Indian journal of veterinary science and animal husbandry - Volumes 22-23, 1952-1953
Year: 1952
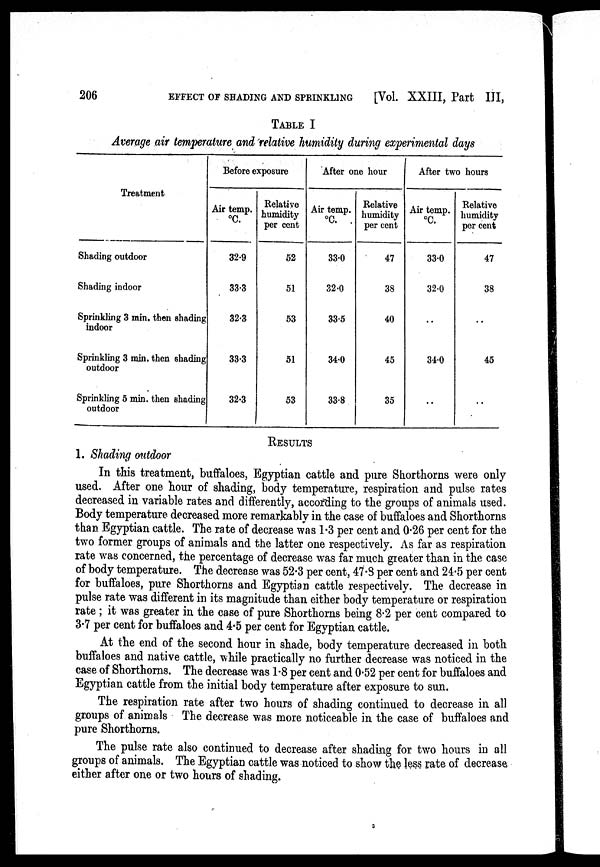
206
EFFECT OF SHADING AND SPRINKLING
[Vol. XXIII, Part III,
TABLE I
Average air temperature and relative humidity during experimental days
Treatment
Shading outdoor
Shading indoor
Sprinkling 3 min. then shading
indoor
Sprinkling 3 min. then shading
outdoor
Sprinkling 5 min. then shading
outdoor
Before exposure
Air temp.
°C.
32.9
33.3
32.3
33.3
32.3
Relative
humidity
per cent
52
51
53
51
53
After one hour
Air temp.
°C.
33.0
32.0
33.5
34.0
33.8
Relative
humidity
per cent
47
38
40
45
35
After two hours
Air temp.
°C.
33.0
32.0
..
34.0
..
Relative
humidity
per cent
47
38
..
45
..
RESULTS
1. Shading outdoor
In this treatment, buffaloes, Egyptian cattle and pure Shorthorns were only
used. After one hour of shading, body temperature, respiration and pulse rates
decreased in variable rates and differently, according to the groups of animals used.
Body temperature decreased more remarkably in the case of buffaloes and Shorthorns
than Egyptian cattle. The rate of decrease was 1.3 per cent and 0.26 per cent for the
two former groups of animals and the latter one respectively. As far as respiration
rate was concerned, the percentage of decrease was far much greater than in the case
of body temperature. The decrease was 52.3 per cent, 47.8 per cent and 24.5 per cent
for buffaloes, pure Shorthorns and Egyptian cattle respectively. The decrease in
pulse rate was different in its magnitude than either body temperature or respiration
rate ; it was greater in the case of pure Shorthorns being 8.2 per cent compared to
3.7 per cent for buffaloes and 4.5 per cent for Egyptian cattle.
At the end of the second hour in shade, body temperature decreased in both
buffaloes and native cattle, while practically no further decrease was noticed in the
case of Shorthorns. The decrease was 1.8 per cent and 0.52 per cent for buffaloes and
Egyptian cattle from the initial body temperature after exposure to sun.
The respiration rate after two hours of shading continued to decrease in all
groups of animals The decrease was more noticeable in the case of buffaloes and
pure Shorthorns.
The pulse rate also continued to decrease after shading for two hours in all
groups of animals. The Egyptian cattle was noticed to show the less rate of decrease
either after one or two hours of shading.